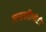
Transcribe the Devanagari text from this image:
आसक्तीपोटी